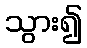
သွား၍